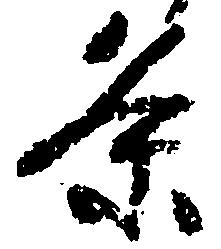
条